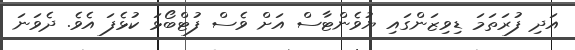
އަދި ފުރަތަމަ ޑިވިޒަންގައި ޔުވެންޓާސް އަށް ވެސް ފުޓްބޯޅަ ކުޅެފަ އެވެ. ދެވަނަ